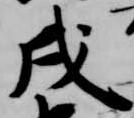
戌